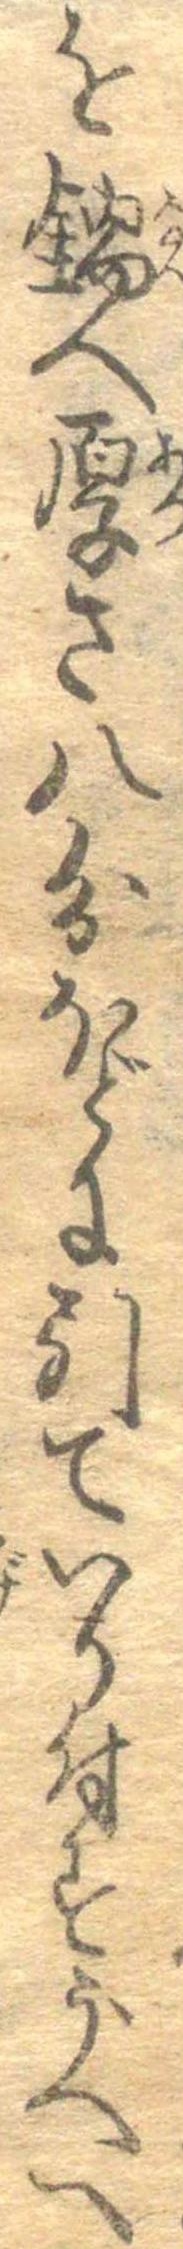
を鍋へ厚さ八分ほどに引ていり付すうへへ